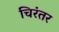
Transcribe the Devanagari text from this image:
चिरंतर